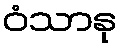
ဝံသာနု